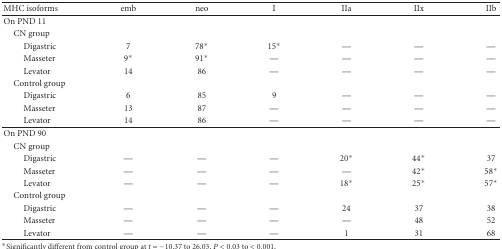
| MHC isoforms | emb | neo | I | IIa | IIx | IIb |
 | --- | --- | --- | --- | --- | --- | --- |
 | On PND 11 |  |  |  |  |  |  |
 | CN group |  |  |  |  |  |  |
 | Digastric | 7 | 78∗ | 15∗ | — | — | — |
 | Masseter | 9∗ | 91∗ | — | — | — | — |
 | Levator | 14 | 86 | — | — | — | — |
 | Control group |  |  |  |  |  |  |
 | Digastric | 6 | 85 | 9 | — | — | — |
 | Masseter | 13 | 87 | — | — | — | — |
 | Levator | 14 | 86 | — | — | — | — |
 | On PND 90 |  |  |  |  |  |  |
 | CN group |  |  |  |  |  |  |
 | Digastric | — | — | — | 20∗ | 44∗ | 37 |
 | Masseter | — | — | — | — | 42∗ | 58∗ |
 | Levator | — | — | — | 18∗ | 25∗ | 57∗ |
 | Control group |  |  |  |  |  |  |
 | Digastric | — | — | — | 24 | 37 | 38 |
 | Masseter | — | — | — | — | 48 | 52 |
 | Levator | — | — | — | 1 | 31 | 68 |